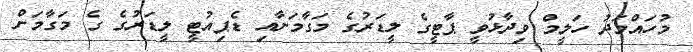
މުހައްމަދު ހަލީމް ވިދާޅުވީ ޕާޓީގެ ލީޑަރުގެ މަގާމަށާއި ޑެޕިއުޓީ ލީޑަރުގެ ގެ މަގާމަށް